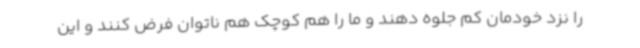
را نزد خودمان کم جلوه دهند و ما را هم کوچک هم ناتوان فرض کنند و این